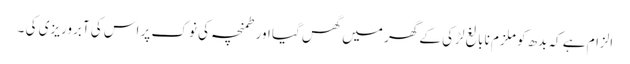
الزام ہے کہ بدھ کو ملزم نابالغ لڑکی کے گھر میں گھس گیا اور طمنچہ کی نوک پر اس کی آبروریزی کی ۔